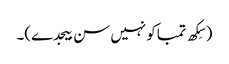
(سِکھ تمباکو نہیں سن بیجدے)۔